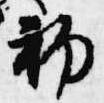
初